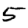
Digit: 5